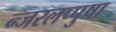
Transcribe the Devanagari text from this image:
न्जरलप्पुषा